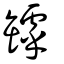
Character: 罅